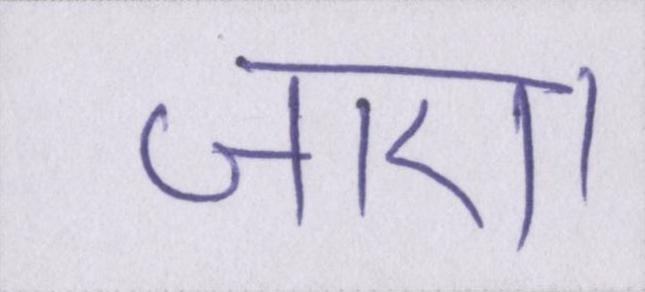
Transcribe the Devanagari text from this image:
जाए।